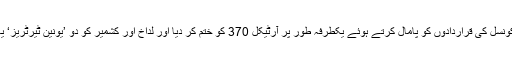
مبینہ طور 56 انچ چھاتی والی مودی نے سلامتی کونسل کی قراردادوں کو پامال کرتے ہوئے یکطرفہ طور پر آرٹیکل 370 کو ختم کر دیا اور لداخ اور کشمیر کو دو ’یونین ٹیرٹریز‘ یعنی بھارت کا باقاعدہ حصہ بنانے کا اعلان کر دیا۔